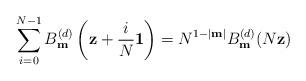
LaTeX: \begin{align*}\sum_{i=0}^{N-1} B_{\mathbf{m}}^{(d)}\left(\mathbf{z}+\frac{i}{N}\mathbf{1}\right) &= N^{1-|\mathbf{m}|}B_{\mathbf{m}}^{(d)}(N\mathbf{z})\end{align*}